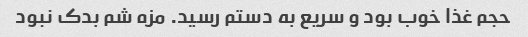
حجم غذا خوب بود و سریع به دستم رسید. مزه شم بدک نبود